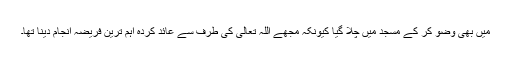
میں بھی وضو کر کے مسجد میں چلا گیا کیونکہ مجھے اللہ تعالی کی طرف سے عائد کردہ اہم ترین فریضہ انجام دینا تھا۔